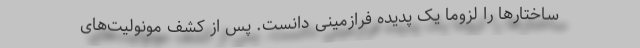
ساختارها را لزوما یک پدیده فرازمینی دانست. پس از کشف مونولیت‌های